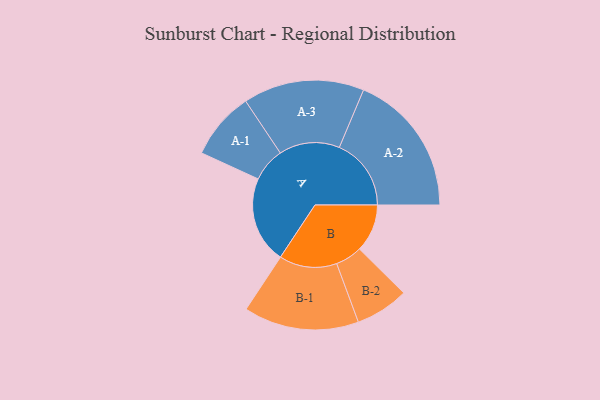
{"axis": {"x": "Segment", "y": "Value"}, "legend": ["", "A", "B"], "data": [{"x": "A", "y": 354, "type": ""}, {"x": "B", "y": 195, "type": ""}, {"x": "A-1", "y": 138, "type": "A"}, {"x": "A-2", "y": 293, "type": "A"}, {"x": "A-3", "y": 247, "type": "A"}, {"x": "B-1", "y": 235, "type": "B"}, {"x": "B-2", "y": 109, "type": "B"}]}